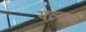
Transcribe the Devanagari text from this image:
यत्सर्वं